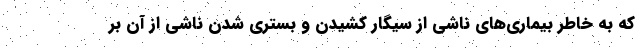
که به خاطر بیماری‌های ناشی از سیگار کشیدن و بستری شدن ناشی از آن بر